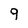
Character: 9